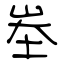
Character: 峚